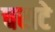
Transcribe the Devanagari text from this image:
चराटे